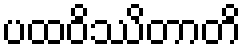
ပထဝိဿိတာတိ